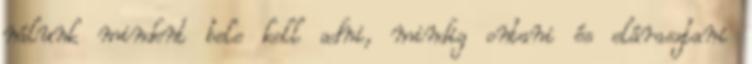
nálunk mindent bele kell adni, mindig ontani és elárasztani